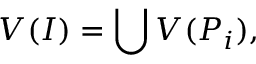
V ( I ) = \bigcup V ( P _ { i } ) ,